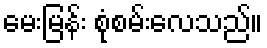
မေးမြန်း စုံစမ်းလေသည်။